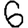
Digit: 6